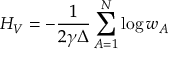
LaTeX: H _ { V } = - \frac { 1 } { 2 \gamma \Delta } \sum _ { A = 1 } ^ { N } \log w _ { A }